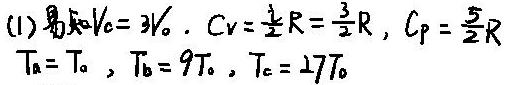
(1) 易知$V_{C}=3V_{0}$. $C_{V}=\frac {3}{2}R$, $C_{P}=\frac {5}{2}R$
$T_{a}=T_{0}$, $T_{b}=9T_{0}$, $T_{c}=27T_{0}$